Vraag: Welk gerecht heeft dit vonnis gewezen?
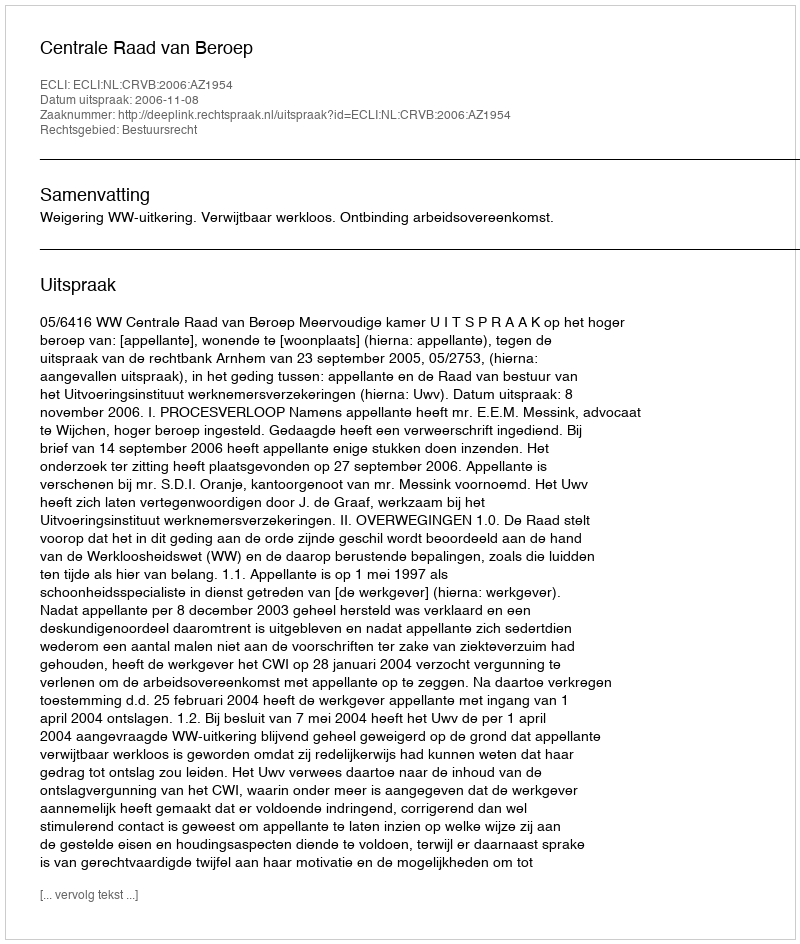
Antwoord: Centrale Raad van Beroep